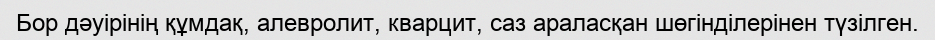
Бор дәуірінің құмдақ, алевролит, кварцит, саз араласқан шөгінділерінен түзілген.